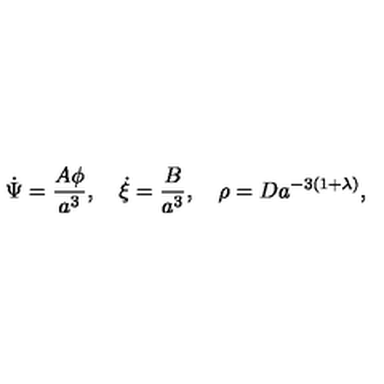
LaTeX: \dot { \Psi } = \frac { A \phi } { a ^ { 3 } } , \quad \dot { \xi } = \frac { B } { a ^ { 3 } } , \quad \rho = D a ^ { - 3 ( 1 + \lambda ) } ,